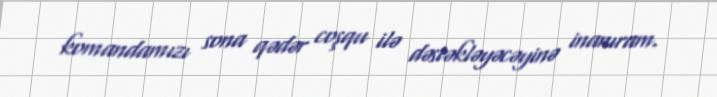
komandamızı sona qədər coşqu ilə dəstəkləyəcəyinə inanıram.